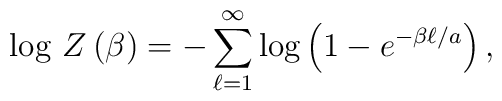
\log \, Z\left( \beta \right) =-\sum _{\ell =1}^{\infty }\log \left( 1-e^{-\beta \ell /a}\right) ,